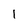
Character: 1